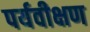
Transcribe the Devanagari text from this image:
पर्यवीक्षण